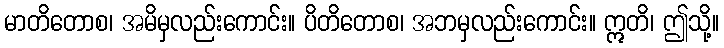
မာတိတောစ၊ အမိမှလည်းကောင်း။ ပိတိတောစ၊ အဘမှလည်းကောင်း။ ဣတိ၊ ဤသို့။